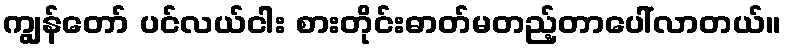
ကျွန်တော် ပင်လယ်ငါး စားတိုင်းဓာတ်မတည့်တာပေါ်လာတယ်။